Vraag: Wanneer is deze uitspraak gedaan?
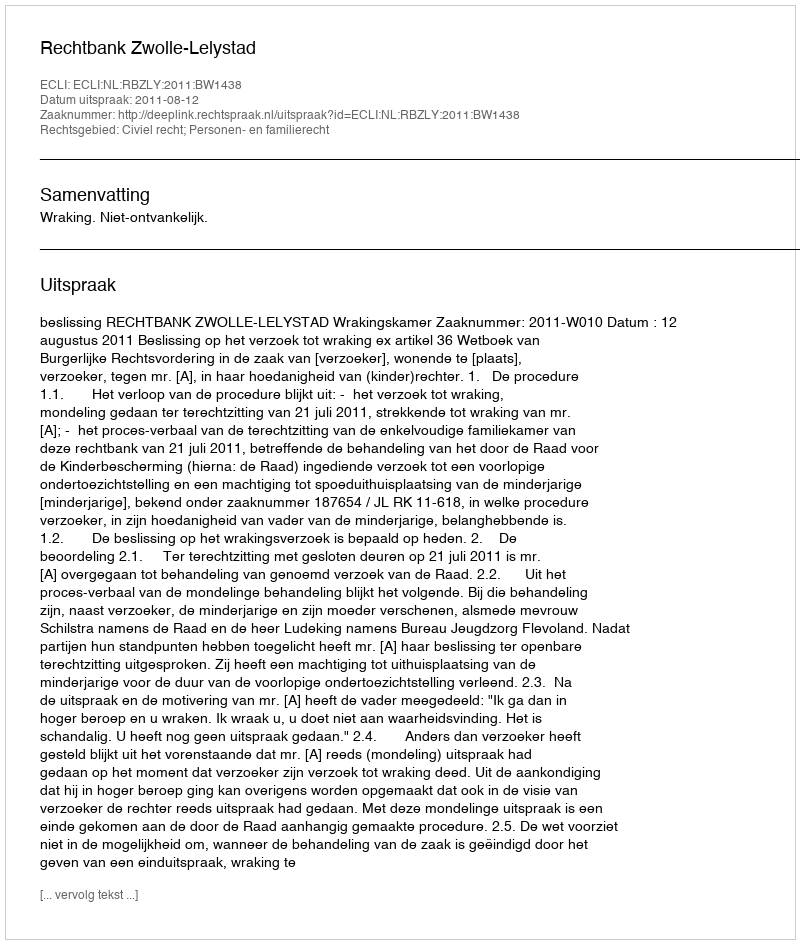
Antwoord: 2011-08-12